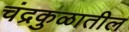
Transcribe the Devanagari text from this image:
चंद्रकुळातील